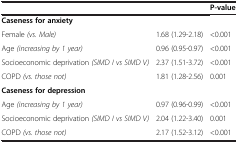
<table><thead><tr><td>[EMPTY_CELL]</td><td>[EMPTY_CELL]</td><td><b>P-value</b></td></tr></thead><tbody><tr><td><b>Caseness for anxiety</b></td><td>[EMPTY_CELL]</td><td>[EMPTY_CELL]</td></tr><tr><td>Female <i>(vs. Male)</i></td><td>1.68 (1.29-2.18)</td><td>&lt;0.001</td></tr><tr><td>Age <i>(increasing by 1 year)</i></td><td>0.96 (0.95-0.97)</td><td>&lt;0.001</td></tr><tr><td>Socioeconomic deprivation <i>(SIMD I vs SIMD V)</i></td><td>2.37 (1.51-3.72)</td><td>&lt;0.001</td></tr><tr><td>COPD <i>(vs. those not)</i></td><td>1.81 (1.28-2.56)</td><td>0.001</td></tr><tr><td><b>Caseness for depression</b></td><td>[EMPTY_CELL]</td><td>[EMPTY_CELL]</td></tr><tr><td>Age <i>(increasing by 1 year)</i></td><td>0.97 (0.96-0.99)</td><td>&lt;0.001</td></tr><tr><td>Socioeconomic deprivation <i>(SIMD I vs SIMD V)</i></td><td>2.04 (1.22-3.40)</td><td>0.001</td></tr><tr><td>COPD <i>(vs. those not)</i></td><td>2.17 (1.52-3.12)</td><td>&lt;0.001</td></tr></tbody></table>